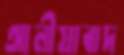
আলীয়াবাদ